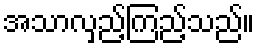
အသာလှည့်ကြည့်သည်။